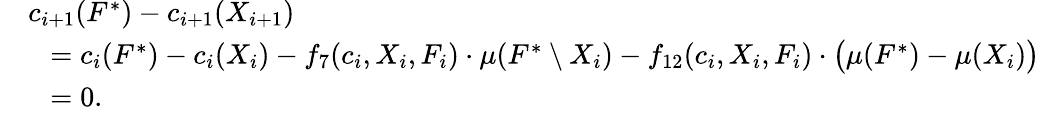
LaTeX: \begin{array}{rl}&{c_{i+1}(F^{*})-c_{i+1}(X_{i+1})}\\ {}&{~~=c_{i}(F^{*})-c_{i}(X_{i})-f_{7}(c_{i},X_{i},F_{i})\cdot\mu(F^{*}\setminus X_{i})-f_{12}(c_{i},X_{i},F_{i})\cdot\big(\mu(F^{*})-\mu(X_{i})\big)}\\ {}&{~~=0.}\end{array}